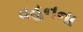
વહનના